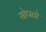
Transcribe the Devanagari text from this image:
सोपतो